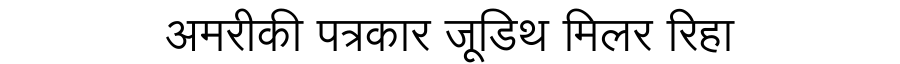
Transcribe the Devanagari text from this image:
अमरीकी पत्रकार जूडिथ मिलर रिहा